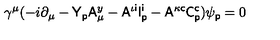
\gamma ^ { \mu } ( - i \partial _ { \mu } - { \sf Y } _ { \sf p } { \sf A } _ { \mu } ^ { y } - { \sf A } ^ { \iota { \sf i } } { \sf I } _ { \sf p } ^ { \sf i } - { \sf A } ^ { \kappa { \sf c } } { \sf C } _ { \sf p } ^ { \sf c } ) \psi _ { \sf p } = 0